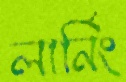
লার্নিং